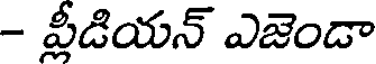
- ప్లీడియన్ ఎజెండా